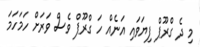
މި ދެ ގްރޫޕް ފިޔަވައި އަނެއް ހަ ގްރޫޕް ވެސް ވަރަށް ހަމަހަމަ